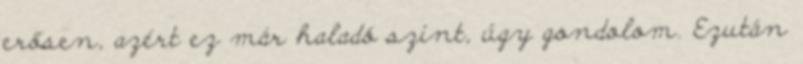
erősen, azért ez már haladó szint, úgy gondolom. Ezután